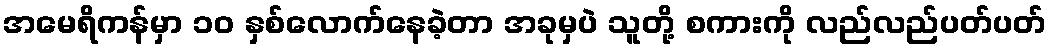
အမေရိကန်မှာ ၁၀ နှစ်လောက်နေခဲ့တာ အခုမှပဲ သူတို့ စကားကို လည်လည်ပတ်ပတ်